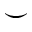
\smile